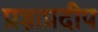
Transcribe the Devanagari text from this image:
प्रज्ञाप्रदीप